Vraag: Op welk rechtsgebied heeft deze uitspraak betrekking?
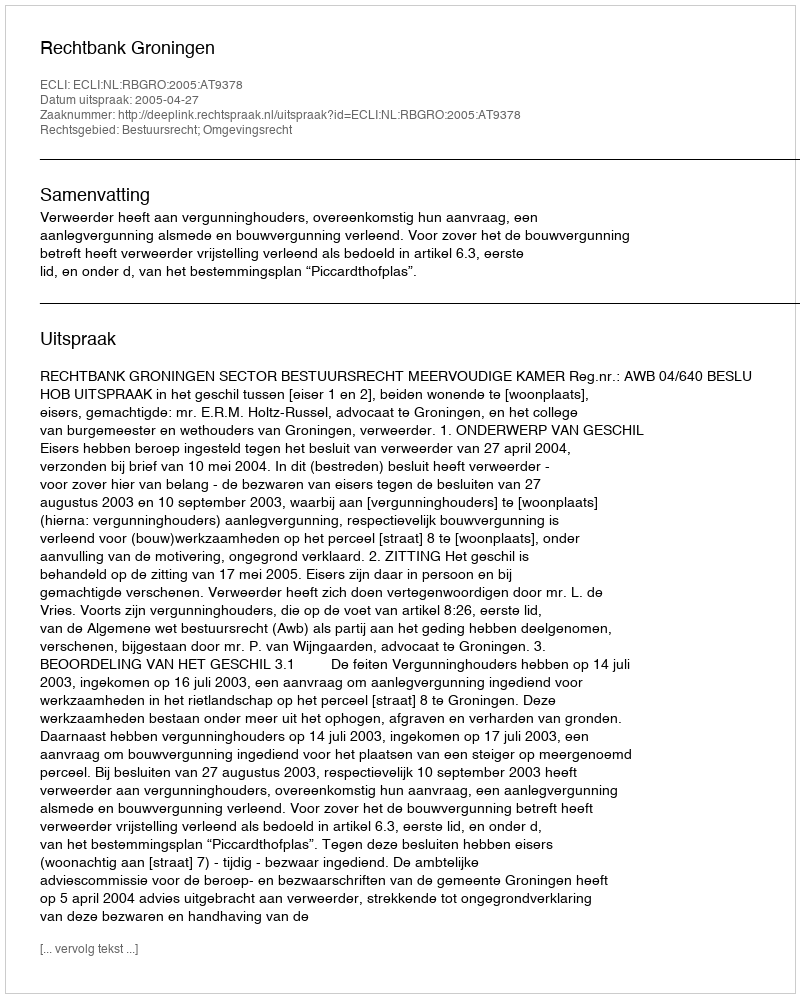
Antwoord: Bestuursrecht; Omgevingsrecht